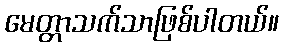
မေတ္တာသက်သာဖြစ်ပါတယ်။